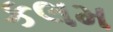
કલમ